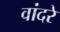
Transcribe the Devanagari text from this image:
वांदरे